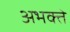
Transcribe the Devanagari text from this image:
अभक्ते